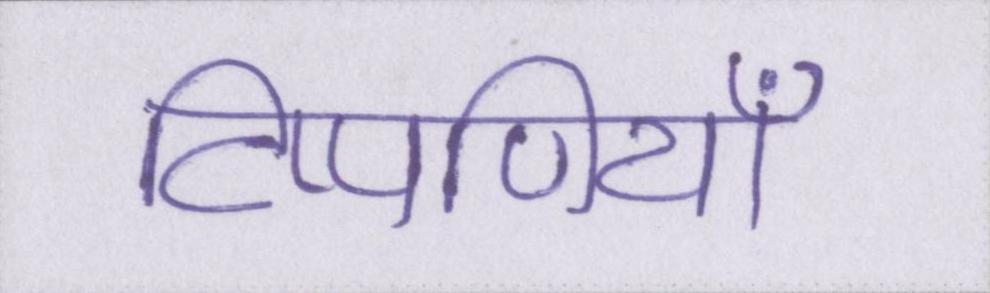
टिप्पणियाँ